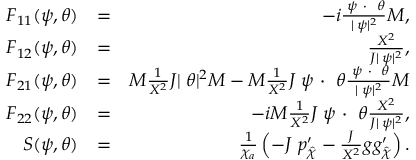
\begin{array} { r l r } { F _ { 1 1 } ( \psi , \theta ) } & { = } & { - i \frac { { \bf \nabla } \psi ~ { \bf \cdot } ~ { \bf \nabla } \theta } { | { \bf \nabla } \psi | ^ { 2 } } { \cal M } , } \\ { F _ { 1 2 } ( \psi , \theta ) } & { = } & { \frac { X ^ { 2 } } { { \cal J } | { \bf \nabla } \psi | ^ { 2 } } , } \\ { F _ { 2 1 } ( \psi , \theta ) } & { = } & { { \cal M } \frac 1 { X ^ { 2 } } { \cal J } | { \bf \nabla } \theta | ^ { 2 } { \cal M } - { \cal M } \frac 1 { X ^ { 2 } } { \cal J } { \bf \nabla } \psi ~ { \bf \cdot } ~ { \bf \nabla } \theta \frac { { \bf \nabla } \psi ~ { \bf \cdot } ~ { \bf \nabla } \theta } { | { \bf \nabla } \psi | ^ { 2 } } { \cal M } } \\ { F _ { 2 2 } ( \psi , \theta ) } & { = } & { - i { \cal M } \frac 1 { X ^ { 2 } } { \cal J } { \bf \nabla } \psi ~ { \bf \cdot } ~ { \bf \nabla } \theta \frac { X ^ { 2 } } { { \cal J } | { \bf \nabla } \psi | ^ { 2 } } , } \\ { S ( \psi , \theta ) } & { = } & { \frac { 1 } { \chi _ { a } } \left( - { \cal J } ~ { p } _ { \hat { \chi } } ^ { \prime } - \frac { \cal J } { X ^ { 2 } } g { g } _ { \hat { \chi } } ^ { \prime } \right) . } \end{array}